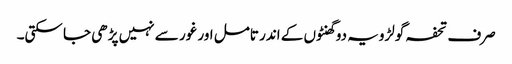
صرف تحفہ گولڑویہ دو گھنٹوں کے اندر تامل اور غور سے نہیں پڑھی جا سکتی۔